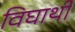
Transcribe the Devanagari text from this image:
विघार्थी